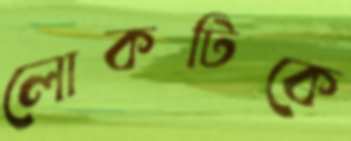
লোকটিকে